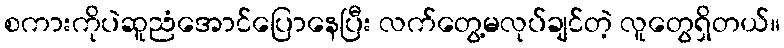
စကားကိုပဲဆူညံအောင်ပြောနေပြီး လက်တွေ့မလုပ်ချင်တဲ့ လူတွေရှိတယ်။